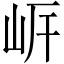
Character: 㟁